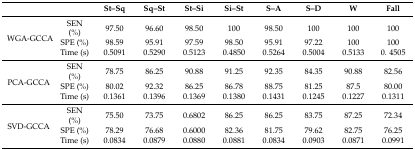
|  |  | St–Sq | Sq–St | St–Si | Si–St | S–A | S–D | W | Fall |
 | --- | --- | --- | --- | --- | --- | --- | --- | --- | --- |
 | <ROWSPAN=3> WGA-GCCA | SEN (%) | 97.50 | 96.60 | 98.50 | 100 | 98.50 | 100 | 100 | 100 |
 | SPE (%) | 98.59 | 95.91 | 97.59 | 98.50 | 95.91 | 97.22 | 100 | 100 |
 | Time (s) | 0.5091 | 0.5290 | 0.5123 | 0.4850 | 0.5264 | 0.5004 | 0.5133 | 0. 4505 |
 | <ROWSPAN=3> PCA-GCCA | SEN (%) | 78.75 | 86.25 | 90.88 | 91.25 | 92.35 | 84.35 | 90.88 | 82.56 |
 | SPE (%) | 80.02 | 92.32 | 86.25 | 86.78 | 88.75 | 81.25 | 87.5 | 80.00 |
 | Time (s) | 0.1361 | 0.1396 | 0.1369 | 0.1380 | 0.1431 | 0.1245 | 0.1227 | 0.1311 |
 | <ROWSPAN=3> SVD-GCCA | SEN (%) | 75.50 | 73.75 | 0.6802 | 86.25 | 86.25 | 83.75 | 87.25 | 72.34 |
 | SPE (%) | 78.29 | 76.68 | 0.6000 | 82.36 | 81.75 | 79.62 | 82.75 | 76.25 |
 | Time (s) | 0.0834 | 0.0879 | 0.0880 | 0.0881 | 0.0834 | 0.0903 | 0.0871 | 0.0991 |